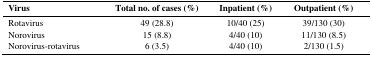
<table><thead><tr><td><b>Virus</b></td><td><b>Total no. of cases (%)</b></td><td><b>Inpatient (%)</b></td><td><b>Outpatient (%)</b></td></tr></thead><tbody><tr><td>Rotavirus</td><td>49 (28.8)</td><td>10/40 (25)</td><td>39/130 (30)</td></tr><tr><td>Norovirus</td><td>15 (8.8)</td><td>4/40 (10)</td><td>11/130 (8.5)</td></tr><tr><td>Norovirus-rotavirus</td><td>6 (3.5)</td><td>4/40 (10)</td><td>2/130 (1.5)</td></tr></tbody></table>